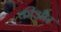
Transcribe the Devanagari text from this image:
कीऔर